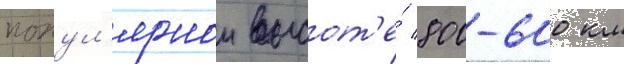
попул'ярнои высот'е́ 800-600 км